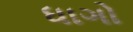
ધાગો